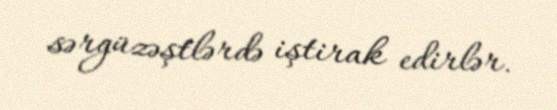
sərgüzəştlərdə iştirak edirlər.